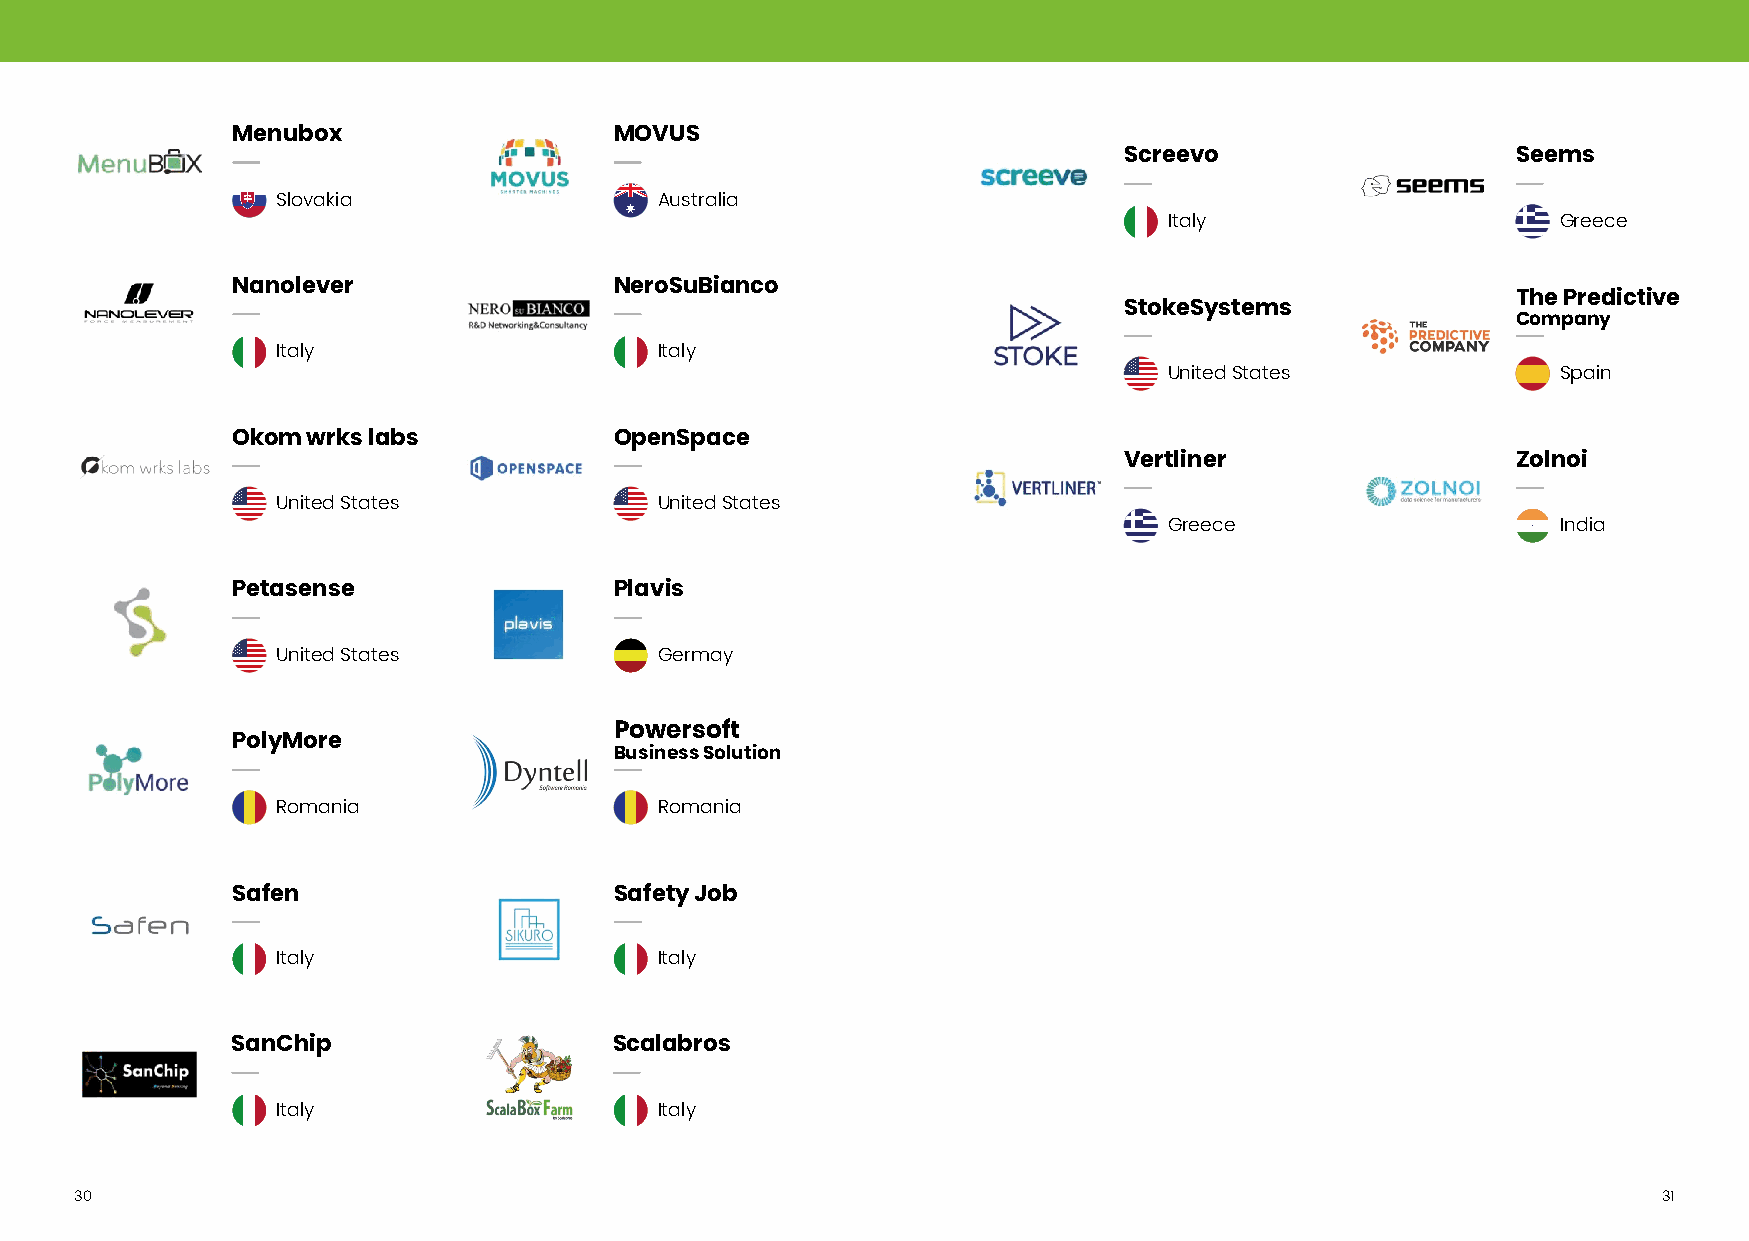
Menubox                   MOVUS
 Screevo                   Seems
 Slovakia                  Australia
 Italy                     Greece
 Nanolever                 NeroSuBianco
 The Predictive
 StokeSystems
 Company
 Italy                     Italy
 United States             Spain
 Okom wrks labs            OpenSpace
 Vertliner                 Zolnoi
 United States             United States
 Greece                    India
 Petasense                 Plavis
 United States             Germay
 Powersoft
 PolyMore
 Business Solution
 Romania                   Romania
 Safen                     Safety Job
 Italy                     Italy
 SanChip                   Scalabros
 Italy                     Italy
 30                                                                                                       31